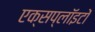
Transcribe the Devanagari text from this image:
एक्सप्लॉइटों